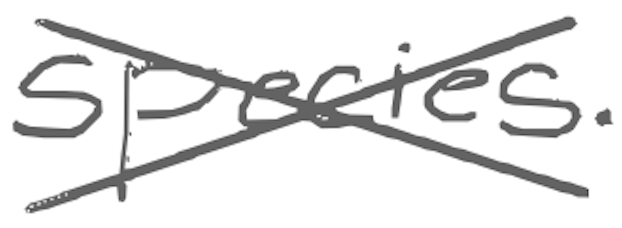
Text: species.
Cross-out: cross
Writing tool: digital_gray